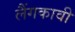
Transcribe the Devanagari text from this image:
लैंगकावी